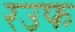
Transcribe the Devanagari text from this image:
रउफ